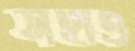
সহাও